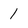
Character: 1